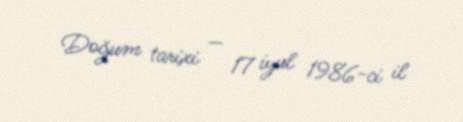
Doğum tarixi — 17 iyul 1986-ci il